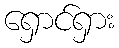
ရှောင်ရှား